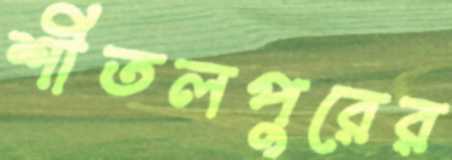
শীতলপুরের